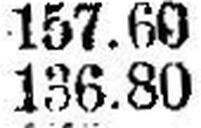
136.80